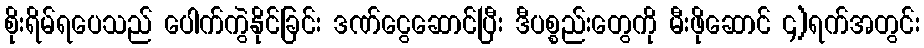
စိုးရိမ်ရပေသည် ပေါက်ကွဲနိုင်ခြင်း ဒဏ်ငွေဆောင်ပြီး ဒီပစ္စည်းတွေကို မီးဖိုဆောင် ၄)ရက်အတွင်း